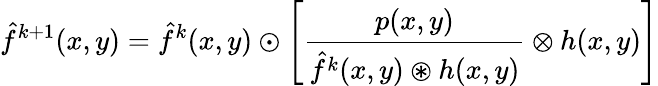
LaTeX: \hat{f}^{k+1}(x,y)=\hat{f}^{k}(x,y)\odot\left[\frac{p(x,y)}{\hat{f}^{k}(x,y)\circledast h(x,y)}\otimes h(x,y)\right]